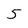
Character: 5